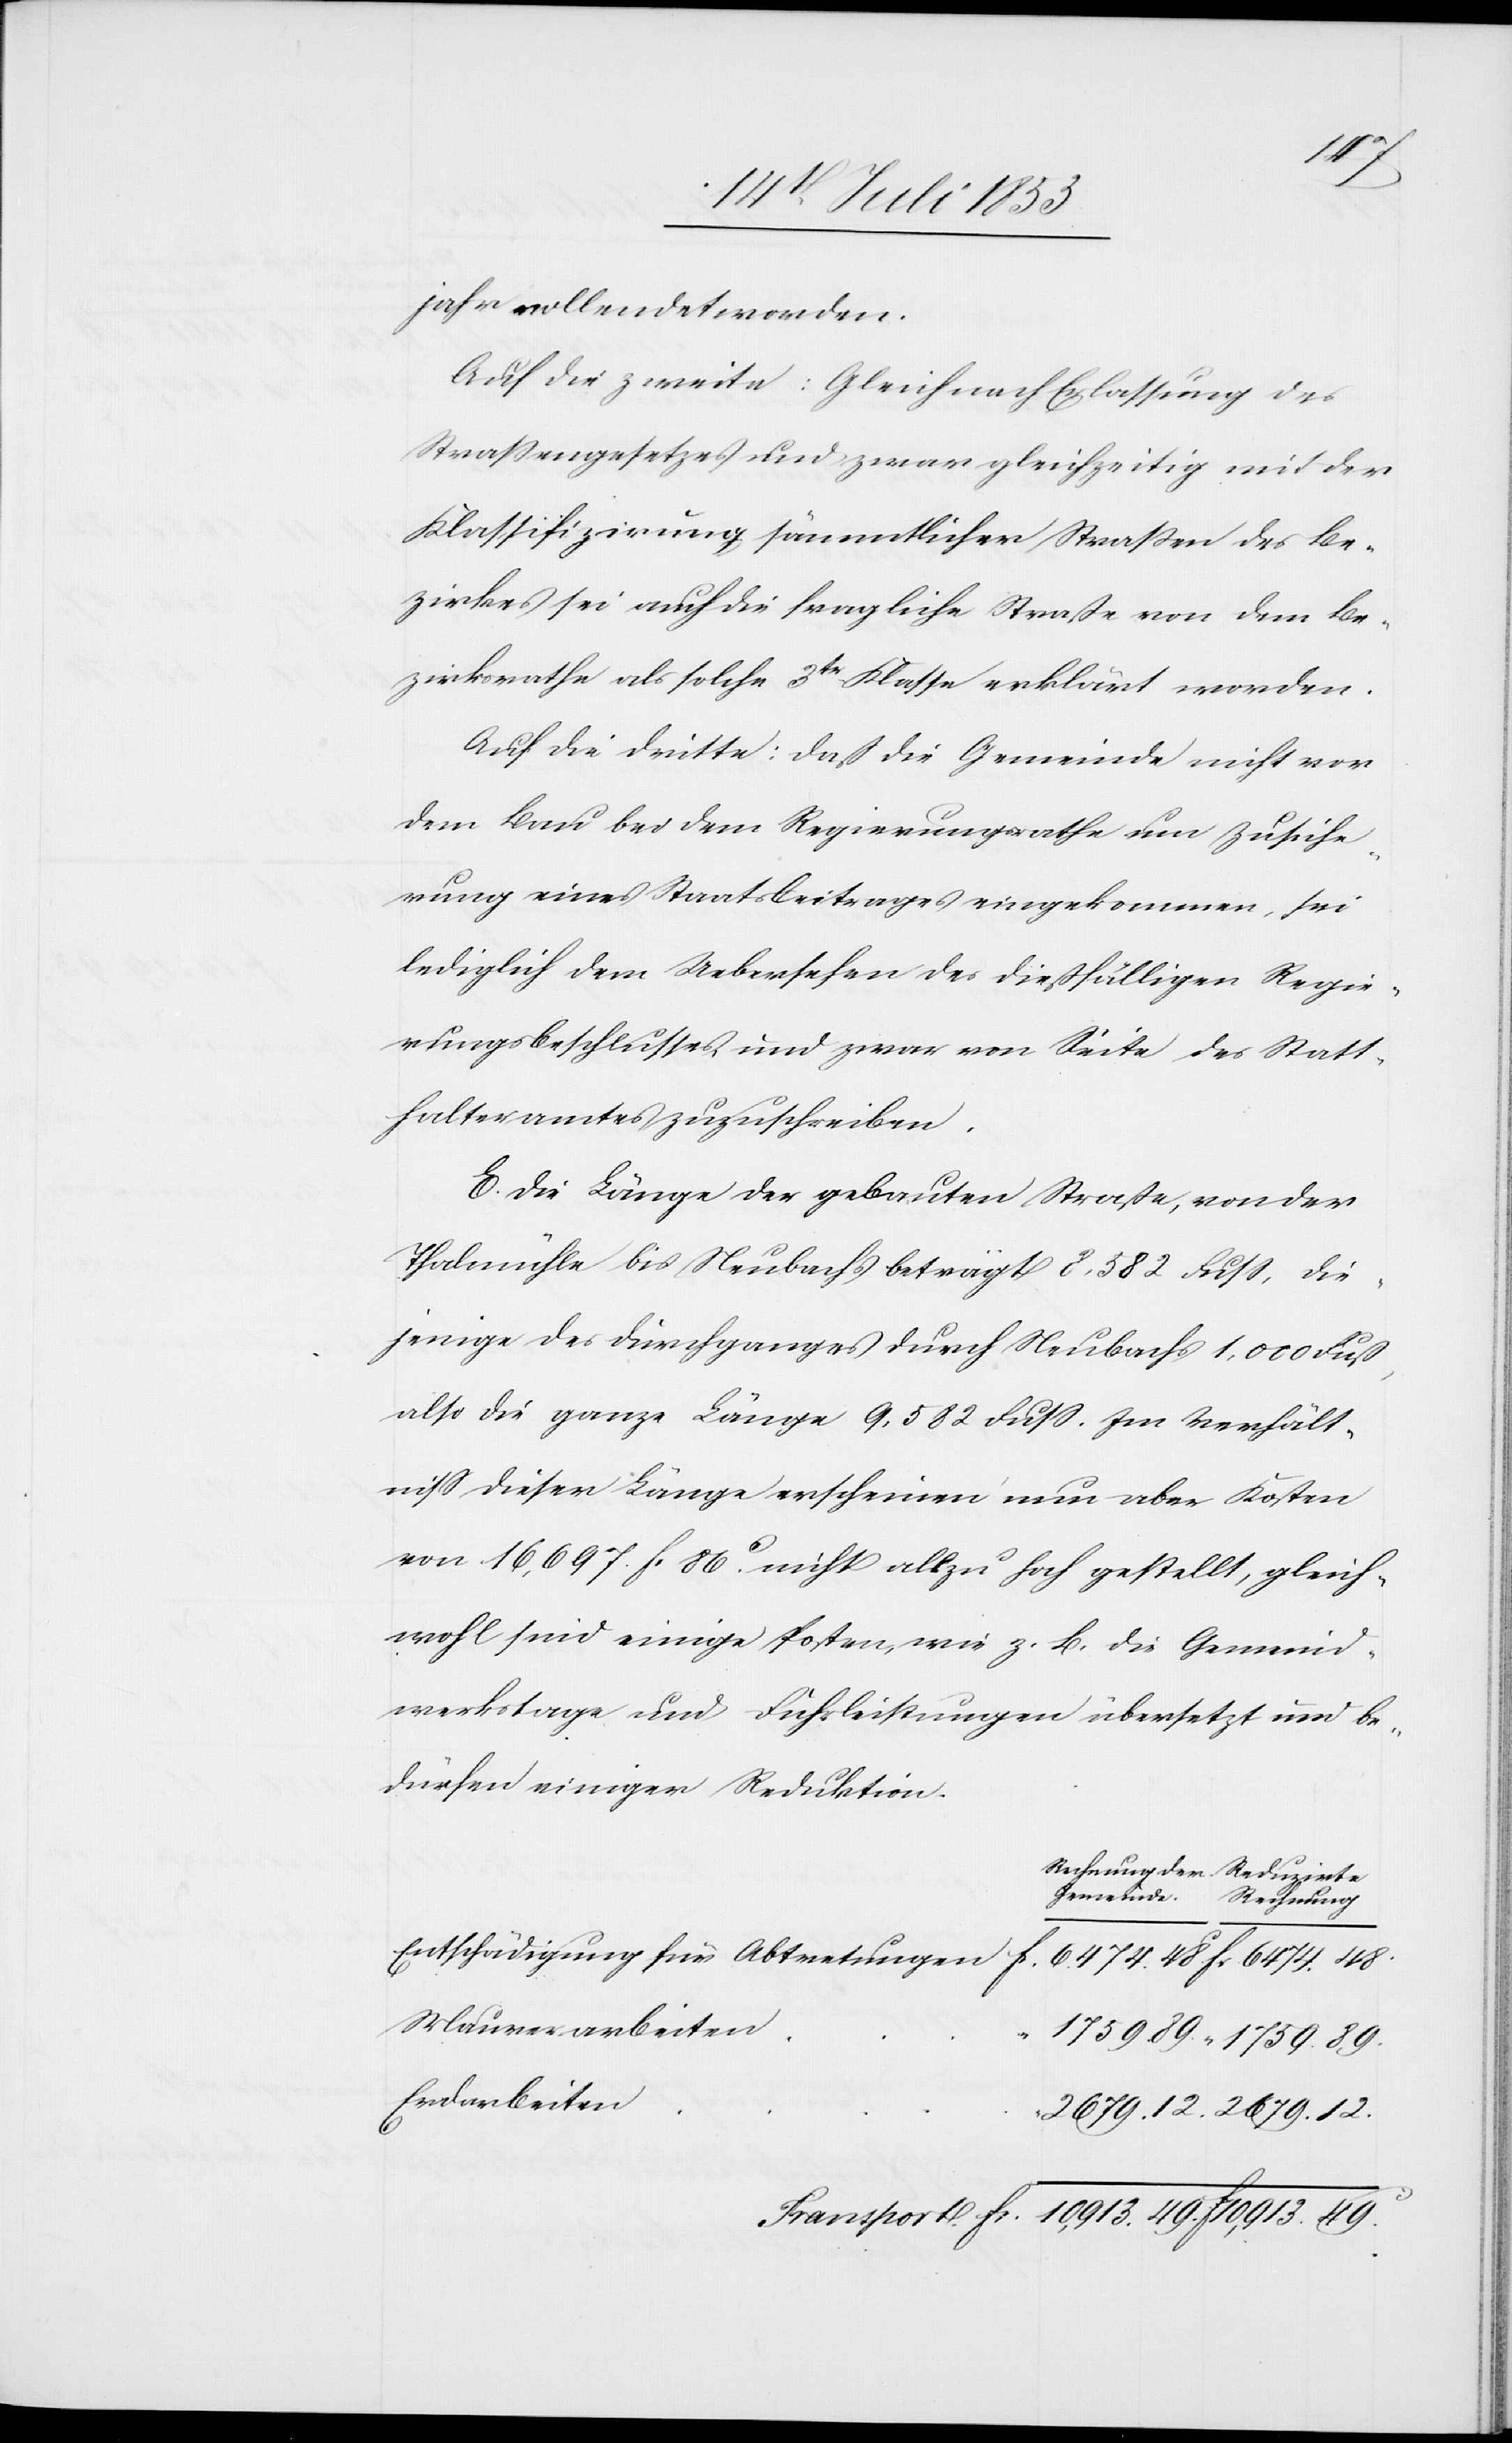
48.
jahr vollendet werden.
Auf die zweite: Gleich nach Erlassung des
Straßengesetzes und zwar gleichzeitig mit der
Klassifizirung, sämmtlicher Straßen des Be¬
zirkes sei auch die fragliche Straße von dem Be¬
zirksrathe als solche 3tr Klasse erklärt worden.
Auf die dritte: daß die Gemeinde nicht von
dem Bau bei dem Regierungsrathe um Zusiche¬
rung eines Staatsbeitrages eingekommen, sei
lediglich dem Uebersehen des dießfälligen Regie¬
rungsbeschlusses und zwar von Seite des Statt¬
halteramtes zuzuschreiben.
E. Die Länge der gebauten Straße, von der
Thalmühle bis Neubachs beträgt 8,582 Fuß, die¬
jenige des Durchganges durch Neubachs 1,000 Fuß,
also die ganze Länge 9,582 Fuß. Im Verhält¬
niß dieser Länge erscheinen nun aber Kosten
von 16,697 fr. 86c nicht allzu hoch gestellt, gleich¬
wohl sind wenige Posten, wie z. B. die Gemeind¬
swerkstage und Fuhrleistungen übersetzt und be¬
dürfen einiger Reduktion.
Rechnung der Gemeinde
Mauerarbeiten
Erdarbeiten